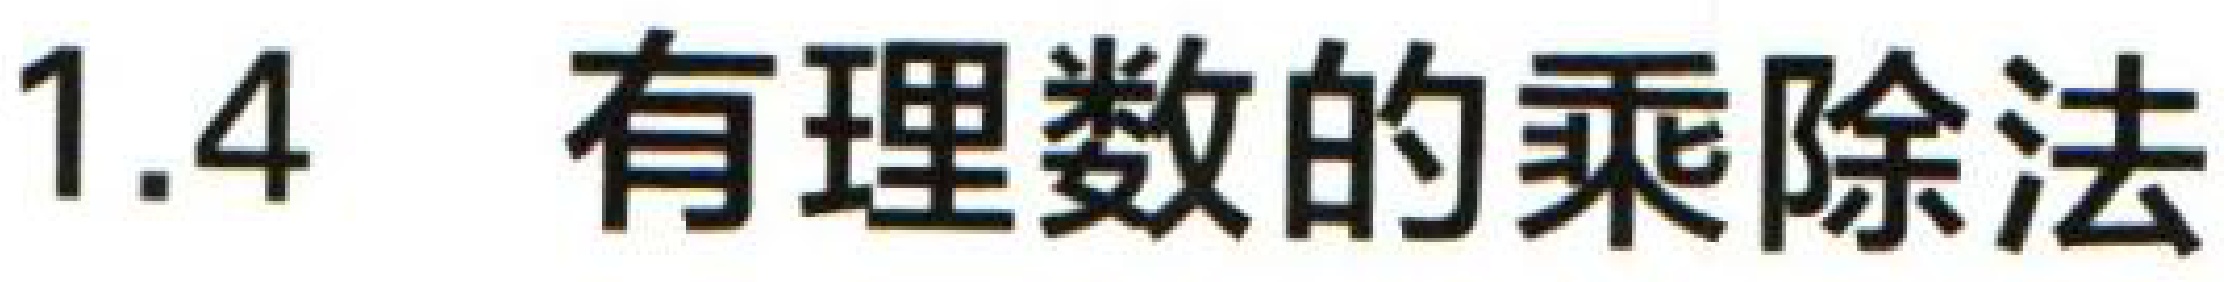
1.4 有理数的乘除法